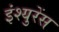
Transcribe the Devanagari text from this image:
इंश्युरेंस